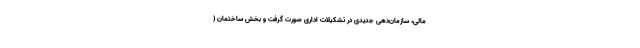
مالی، سازمان‌دهی جدیدی در تشکیلات اداری صورت گرفت و بخش ساختمان (